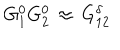
G _ { 1 } ^ { 0 } G _ { 2 } ^ { 0 } \, \approx \, G _ { 1 2 } ^ { \delta }